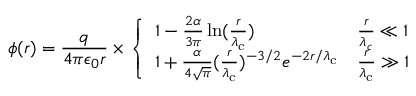
\phi ( r ) = { \frac { q } { 4 \pi \epsilon _ { 0 } r } } \times \left\{ { \begin{array} { l l } { 1 - { \frac { 2 \alpha } { 3 \pi } } \ln ( { \frac { r } { \lambda _ { \mathrm { c } } } } ) } & { { \frac { r } { \lambda _ { c } } } \ll 1 } \\ { 1 + { \frac { \alpha } { 4 { \sqrt { \pi } } } } ( { \frac { r } { \lambda _ { \mathrm { c } } } } ) ^ { - 3 / 2 } e ^ { - 2 r / \lambda _ { \mathrm { c } } } } & { { \frac { r } { \lambda _ { \mathrm { c } } } } \gg 1 } \end{array} } \right.